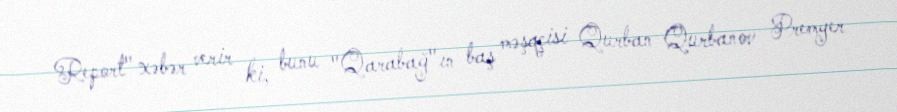
Report" xəbər verir ki, bunu "Qarabağ"ın baş məşqçisi Qurban Qurbanov Premyer